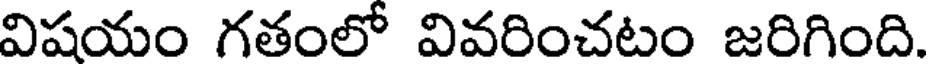
విషయం గతంలో వివరించటం జరిగింది.